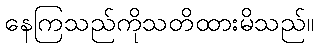
နေကြသည်ကိုသတိထားမိသည်။